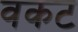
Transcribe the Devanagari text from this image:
वकट